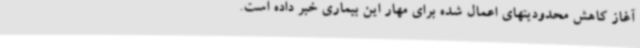
آغاز کاهش محدودیتهای اعمال شده برای مهار این بیماری خبر داده است.